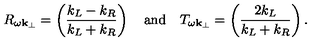
R _ { \omega { \bf k } _ { \perp } } = \left( \frac { k _ { L } - k _ { R } } { k _ { L } + k _ { R } } \right) \quad \mathrm { a n d } \quad T _ { \omega { \bf k } _ { \perp } } = \left( \frac { 2 k _ { L } } { k _ { L } + k _ { R } } \right) .